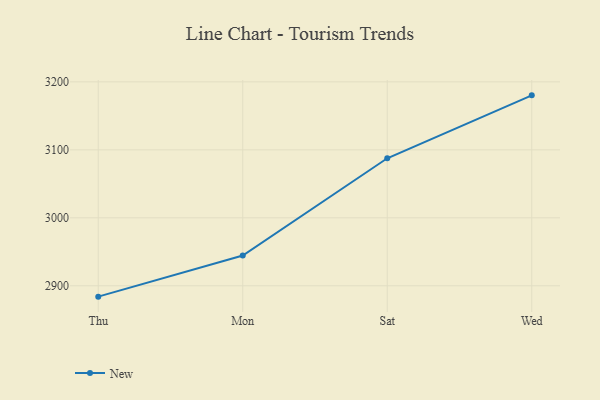
{"axis": {"x": "Day", "y": "Conversion Rate (%)"}, "legend": ["New"], "data": [{"x": "Thu", "y": 2884.0, "type": "New"}, {"x": "Mon", "y": 2944.5, "type": "New"}, {"x": "Sat", "y": 3087.6, "type": "New"}, {"x": "Wed", "y": 3180.2, "type": "New"}]}